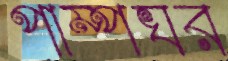
পাম্পঘর